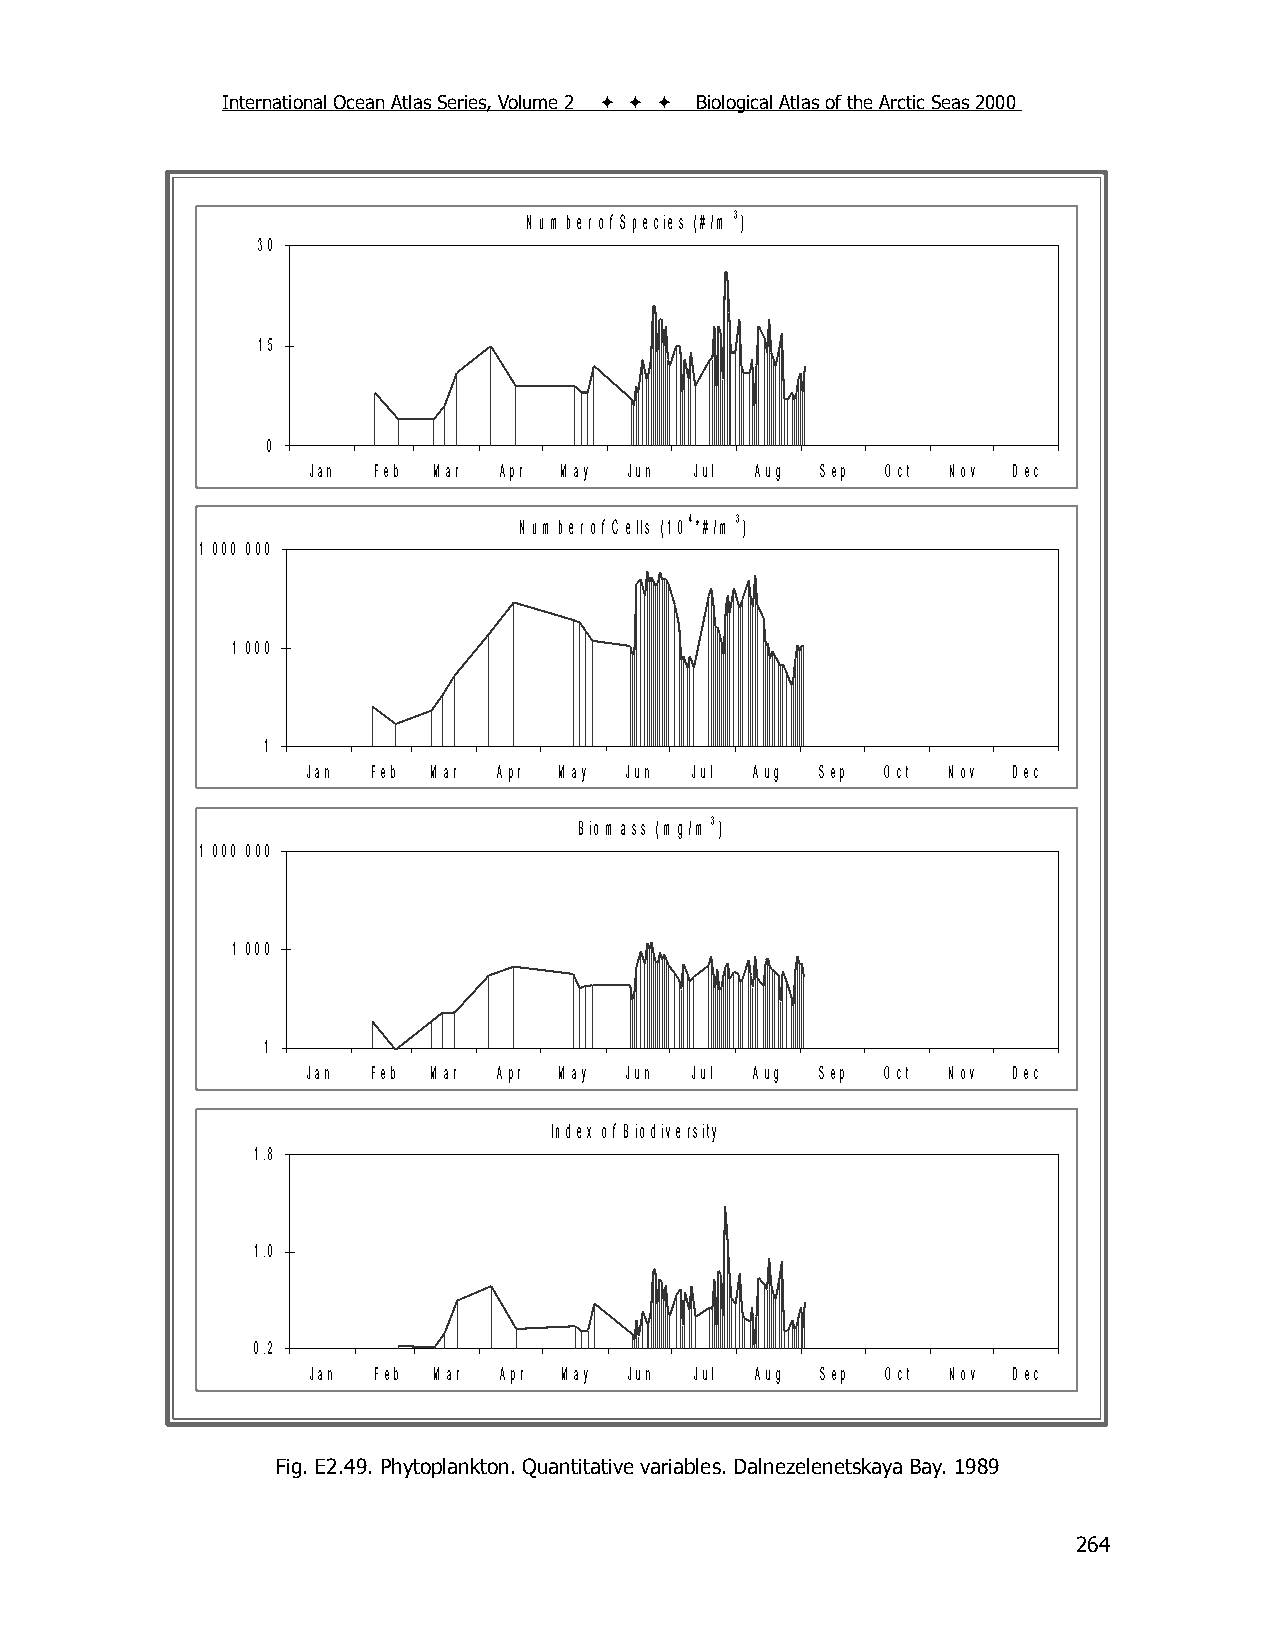
International Ocean Atlas Series, Volume 2    Biological Atlas of the Arctic Seas 2000
 N um ber of S pecies (#/m 3)
 30
 15
 0
 Jan  Feb M ar Apr M ay Jun Jul Aug S ep O ct N ov D ec
 N um ber of C ells (10 4 *#/m 3)
 1 000 000
 1 000
 1
 Jan  Feb M ar A pr M ay Jun Jul A ug Sep O ct N ov D ec
 B iom ass (m g/m 3)
 1 000 000
 1 000
 1
 Jan  Feb M ar A pr M ay Jun Jul A ug Sep O ct N ov D ec
 Index of B iodiversity
 1.8
 1.0
 0.2
 Jan Feb M ar A pr M ay Jun Jul A ug S ep O ct N ov D ec
 Fig. E2.49. Phytoplankton. Quantitative variables. Dalnezelenetskaya Bay. 1989
 264